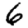
Digit: 6